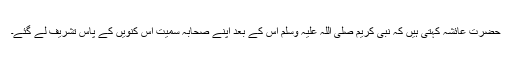
حضرت عائشہؓ کہتی ہیں کہ نبی کریم صلی اللہ علیہ وسلم اس کے بعد اپنے صحابہؓ سمیت اس کنویں کے پاس تشریف لے گئے۔